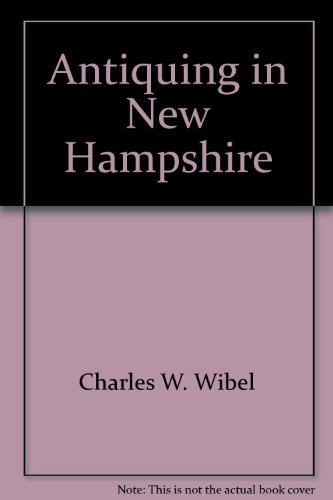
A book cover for Antiquing in New Hampshire: Seven Fabulous Weekend Shopping Tours (Descriptions of 120 Shops); Charles W. Wibel; Travel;